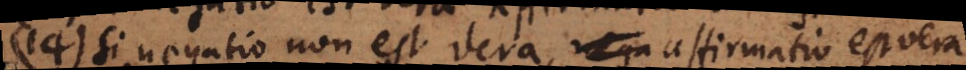
14) Si negatio non est vera, affirmatio est vera